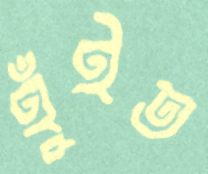
হুঁইত